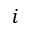
i